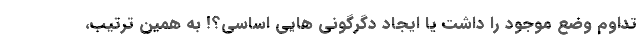
تداوم وضع موجود را داشت یا ایجاد دگرگونی هایی اساسی؟! به همین ترتیب،